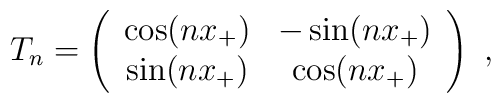
T_{n}=\left( \begin{array}{cc}\cos (nx_{+}) & -\sin (nx_{+})\\\sin (nx_{+}) & \cos (nx_{+})\end{array}\right) \, \, ,